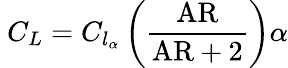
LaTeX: \ C_{L}=C_{l_{\alpha}}\left({\frac{\mathrm{AR}}{{\mathrm{AR}}+2}}\right)\alpha